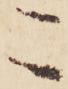
こ